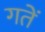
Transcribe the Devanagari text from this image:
गतें